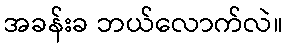
အခန်းခ ဘယ်လောက်လဲ။